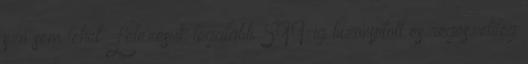
szó sem lehet. Létezésük legalább 599-ig bizonyított és régészetileg